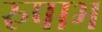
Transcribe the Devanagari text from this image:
रुपाभ